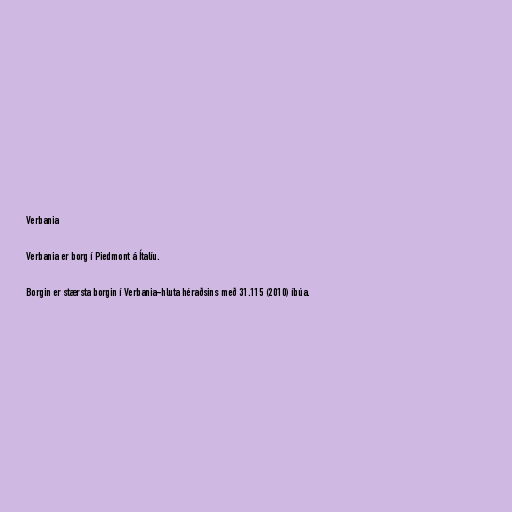
Verbania

Verbania er borg í Piedmont á Ítalíu.

Borgin er stærsta borgin í Verbania-hluta héraðsins með 31.115 (2010) íbúa.